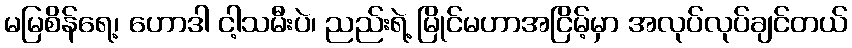
မမြစိန်ရေ့၊ ဟောဒါ ငါ့သမီးပဲ၊ ညည်းရဲ့ မြိုင်မဟာအငြိမ့်မှာ အလုပ်လုပ်ချင်တယ်